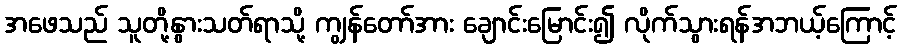
အဖေသည် သူတို့နွားသတ်ရာသို့ ကျွန်တော်အား ချောင်းမြောင်း၍ လိုက်သွားရန်အဘယ့်ကြောင့်